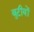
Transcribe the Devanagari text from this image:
बुटीयों